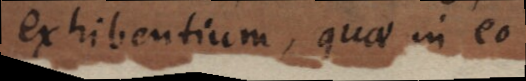
exhibentium, quae in eo